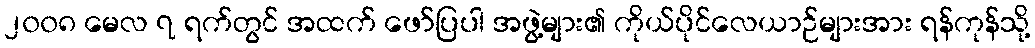
၂၀၀၈ မေလ ၇ ရက်တွင် အထက် ဖော်ပြပါ အဖွဲ့များ၏ ကိုယ်ပိုင်လေယာဉ်များအား ရန်ကုန်သို့